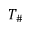
T _ { \# }